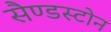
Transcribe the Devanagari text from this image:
सैण्डस्टोन